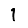
Digit: 1